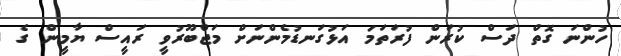
ހުންނަ ގޮތް ދަސް ކުރަން ފުރަތަމަ އަޅުގަނޑުމެންނަށް މަޖްބޫރުވީ ރައީސް ޔާމީން ގެ